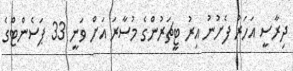
ދިރާސީ އަހަރު ފެށުނު އިރު ޓީޗަރުންގެ މުސާރަ އަށް ވަނީ 33 ޕަސެންޓްގެ